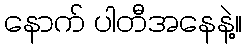
နောက် ပါတီအနေနဲ့။